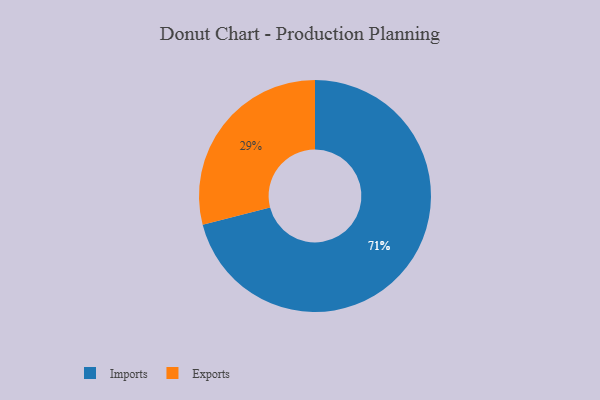
{"axis": {"x": "Category", "y": "Percentage"}, "legend": ["Exports", "Imports"], "data": [{"x": "Exports", "y": 29, "type": "Exports"}, {"x": "Imports", "y": 71, "type": "Imports"}]}